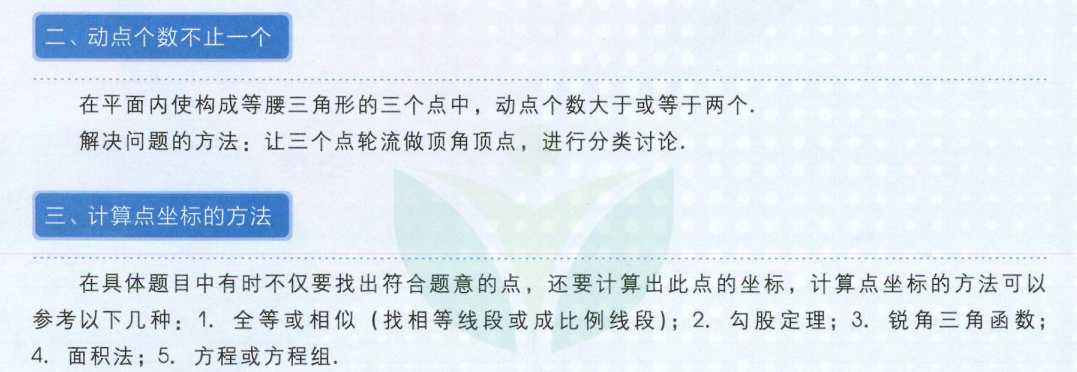
二、动点个数不止一个
在平面内使构成等腰三角形的三个点中，动点个数大于或等于两个.
解决问题的方法：让三个点轮流做顶角顶点，进行分类讨论.
三、计算点坐标的方法
在具体题目中有时不仅要找出符合题意的点，还要计算出此点的坐标，计算点坐标的方法可以参考以下几种：1. 全等或相似（找相等线段或成比例线段）；2. 勾股定理；3. 锐角三角函数；4. 面积法；5. 方程或方程组.